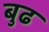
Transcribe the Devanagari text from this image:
बुढ